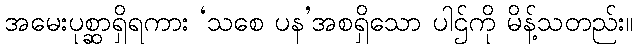
အမေးပုစ္ဆာရှိရကား ‘သစေ ပန’အစရှိသော ပါဌ်ကို မိန့်သတည်း။